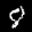
Label: 8